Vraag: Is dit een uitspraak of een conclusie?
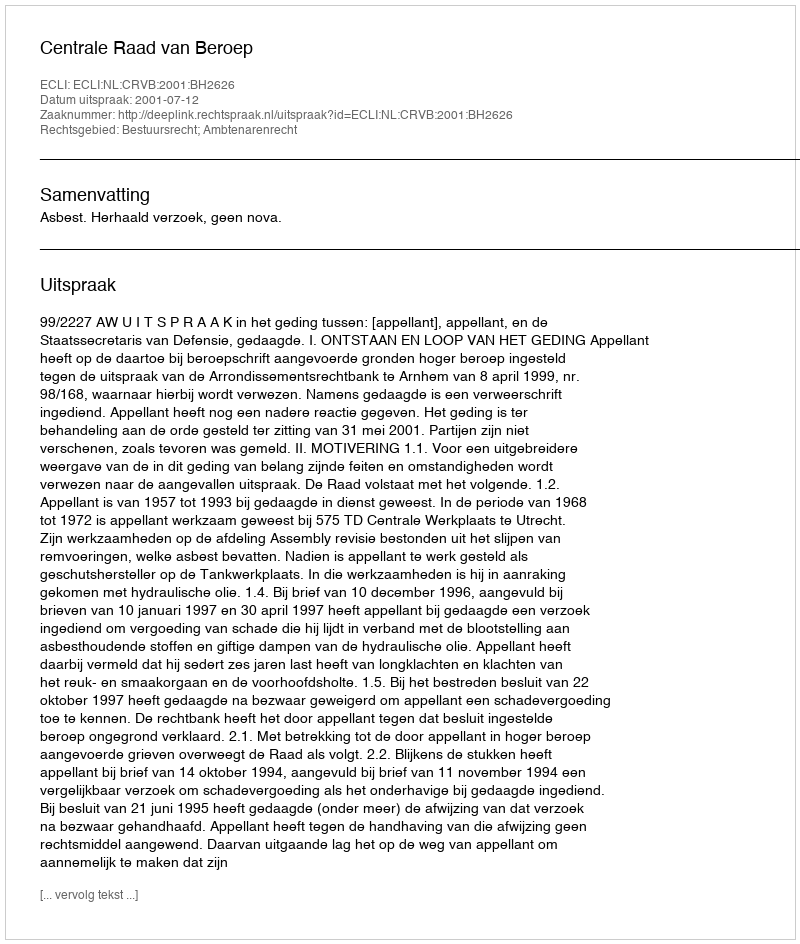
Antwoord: Uitspraak